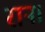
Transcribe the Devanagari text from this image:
रान।